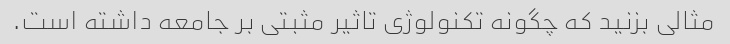
مثالی بزنید که چگونه تکنولوژی تاثیر مثبتی بر جامعه داشته است.